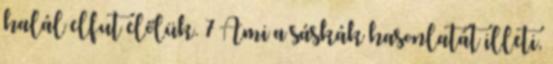
halál elfut előlük. 7 Ami a sáskák hasonlatát illeti,